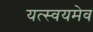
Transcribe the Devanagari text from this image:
यत्स्वयमेव